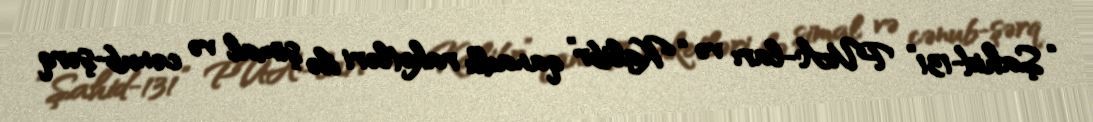
“Şahid-131” PUA-ları və “Kalibr” qanadlı raketləri ilə şimal və cənub-şərq